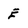
Character: E